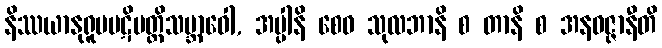
နိဿယာနုရူပပဋိပတ္တိသဗ္ဘာဝေါ, အပ္ပါနိ စေဝ သုလဘာနိ စ တာနိ စ အနဝဇ္ဇာနီတိ